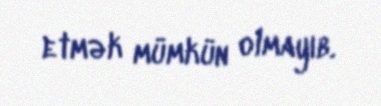
etmək mümkün olmayıb.